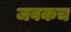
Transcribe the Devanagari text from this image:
जवकच